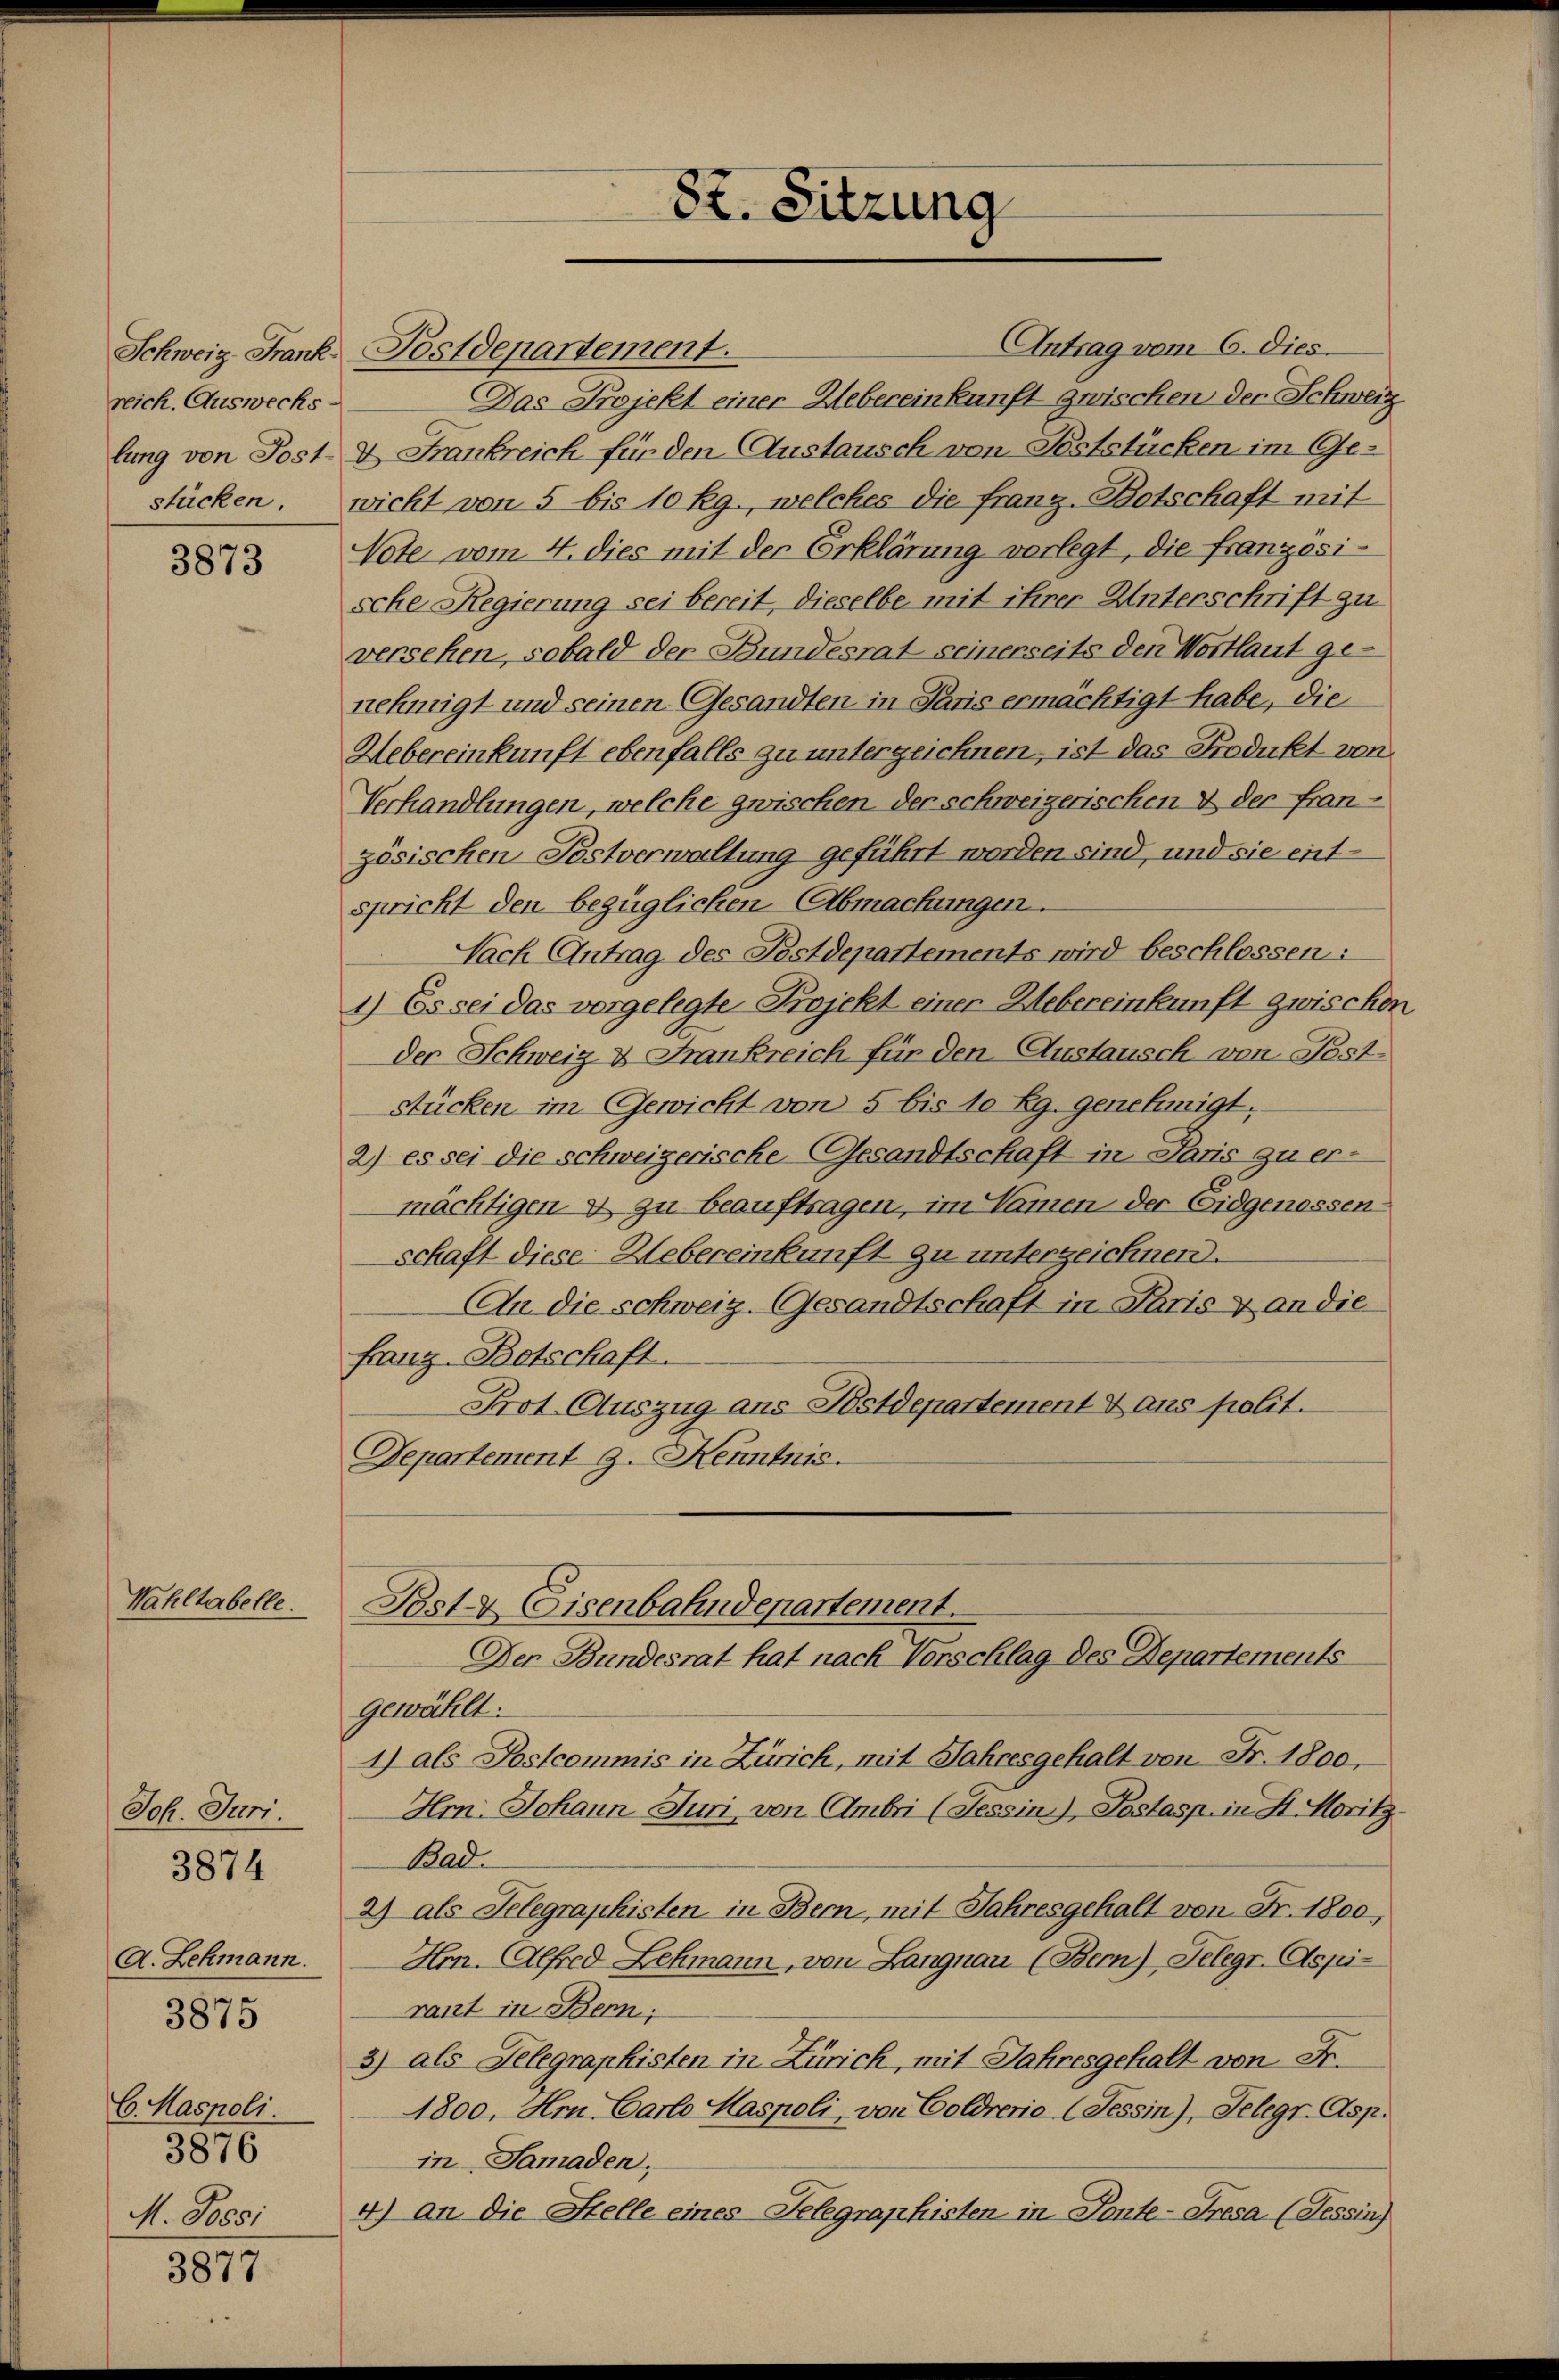
Schweiz. Frank
reich. Auswecks-

3873

Wahltabelle.

Joh. Juri
A. Lehmann.
3875
C. Maspoli
3876
M. Poesi

3874

3877

8t. Sitzung

Antrag vom 6. Dies
Postdepartement.
Das Projekt einer Uebereinkunft zwischen der Schweiz
lung von Post- & Frankreich für den Austausch von Feststücken im Ge-
stücken. wicht von 5 bis 10 kg., welches die franz-Botschaft mit
Note vom 4. dies mit der Erklärung vorlegt, die französi-
sche Regierung sei bereit, dieselbe mit ihrer Unterschrift zu
versehen, sobald der Bundesrat seinerseits den Wortlaut genehmigt und seinen Gesandten in Paris ermächtigt habe, die
Uebereinkunft ebenfalls zu unterzeichnen, ist das Produkt von
Verhandlungen, welche zwischen der schweizerischen & der fran-
zösischen Postverwaltung geführt worden sind, und sie entspricht den bezüglichen Abmachungen.
Nach Antrag des Pestdepartements wird beschlossen:
1) Es sei das vorgelegte Projekt einer Uebereinkunft zwischen
der Schweiz & Frankreich für den Austausch von Feststücken im Gewicht von 5 bis 10 Rg. genehmigt.
2) es sei die schweizerische Gesandtschaft in Paris zu er-
mächtigen & zu beauftragen, im Namen der Eidgenossen
schaft diese Uebereinkunft zu unterzeichnen.
An die schweiz. Gesandtschaft in Paris & an die
Franz-Botschaft.
Prot. Auszug ans Postdepartement & aus polit.
Departement J. Kenntnis.

gewählt:
1) als Postcommis in Zürich, mit Jahresgehalt von Fr. 1800.
Hrn. Johann Juni von Ambri (Tessin), Postasp. in St. Moritz
Bade
2) als Telegraphisten in Bern, mit Jahresgehalt von Fr. 1800,
Hn. Alfred Lehmann, von Langnau (Bern), Gelegr. Aspirant in Benn;
3) als Gelegraphisten in Zürich, mit Jahresgehalt von Fr.
1800, Hrn. Carlo Maspoli, von Goldrerie (Tessin), Telegr. Asp.
in Samaden,
4) an die Stelle eines Telegraphisten in Ponte-Tresa (Tessin)

Post Eisenbahndepartement.
Der Bundesrat hat nach Verschlag des Departements